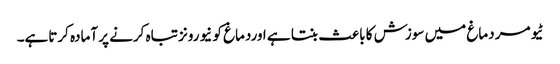
ٹیومر دماغ میں سوزش کا باعث بنتا ہے اوردماغ کو نیورونز تباہ کرنے پر آمادہ کرتاہے۔